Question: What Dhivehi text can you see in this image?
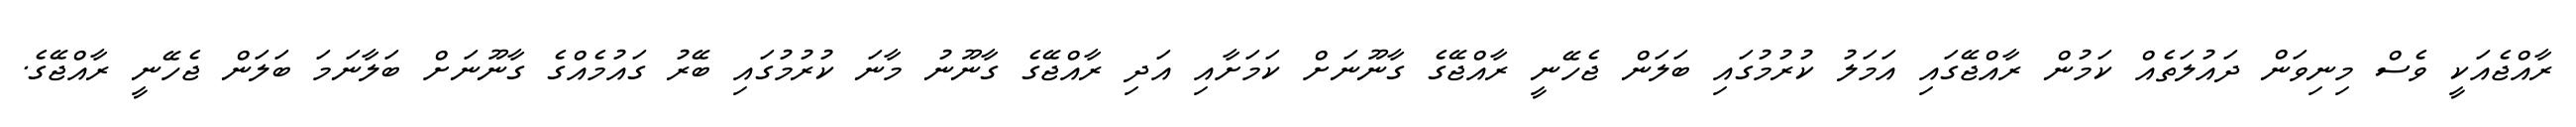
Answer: ރާއްޖެއަކީ ވެސް މިނިވަން ދައުލަތެއް ކަމުން ރާއްޖޭގައި އަމަލު ކުރުމުގައި ބަލަން ޖެހޭނީ ރާއްޖޭގެ ގާނޫނަށް ކަމަށާއި އަދި ރާއްޖޭގެ ގާނޫނު މާނަ ކުރުމުގައި ބޭރު ގައުމެއްގެ ގާނޫނަށް ބަލާނަމަ ބަލަން ޖެހޭނީ ރާއްޖޭގެ.